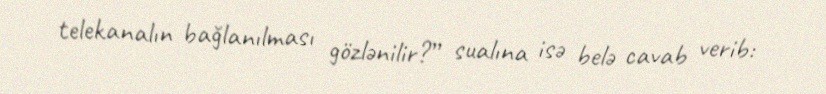
telekanalın bağlanılması gözlənilir?” sualına isə belə cavab verib: